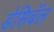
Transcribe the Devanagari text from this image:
डेसिबॅल